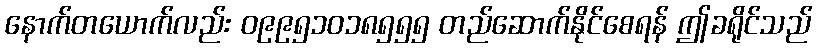
နောက်တယောက်လည်း ၀၉၉၅၁၀၁၈၅၅၅ တည်ဆောက်နိုင်စေရန် ဤခရိုင်သည်